Annual report on the working of the lock hospitals in the Central Provinces
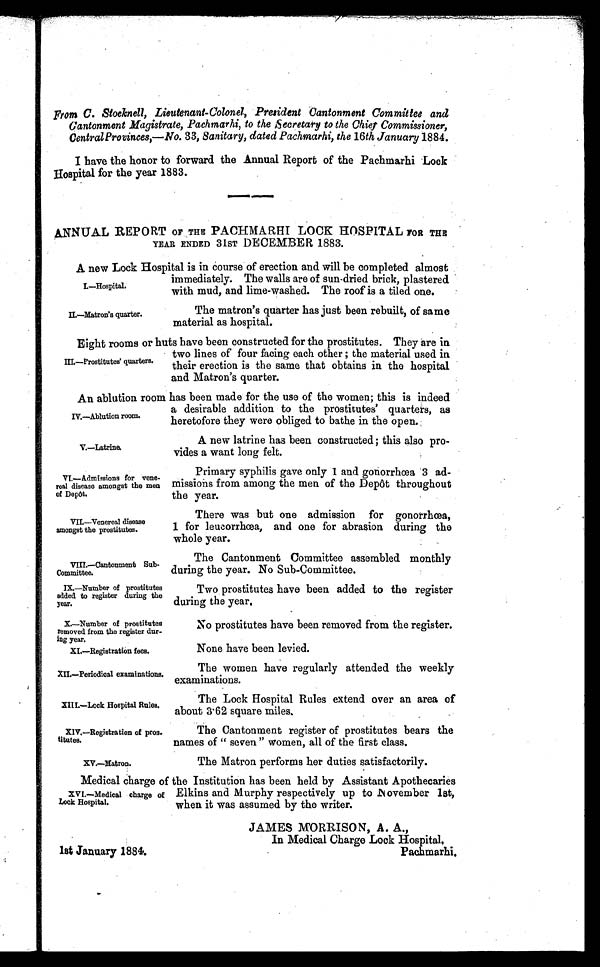
F r o m C . S t o c k n e l l , L i e u t e n a n t - C o l o n e l , P r e s i d e n t C a n t o n m e n t C o m m i t t e e a n d
Cantonment Magistrate, Pachmarhi, to the Secretary to the Chief Commissioner,
Central Provinces,—No. 33, Sanitary, dated Pachmarhi, the 16th January 1884.
I have the honor to forward the Annual Report of the Pachmarhi Lock
Hospital for the year 1883.
ANNUAL REPORT OF THE PACHMARHI LOCK HOSPITAL FOR THE
YEAR ENDED 31ST DECEMBER 1883.
A new Lock Hospital is in course of erection and will be completed almost
immediately. The walls are of sun-dried brick, plastered
with mud, and lime-washed. The roof is a tiled one.
I . — H o s p i t a l .
II.—Matron's quarter.
The matron's quarter has just been rebuilt, of same
material as hospital.
Eight rooms or huts have been constructed for the prostitutes. They are in
two lines of four facing each other ; the material used in
their erection is the same that obtains in the hospital
and Matron's quarter.
An ablution room has been made for the use of the women; this is indeed
a desirable addition to the prostitutes' quarters, as
heretofore they were obliged to bathe in the open.
III.—Prostitutes' quarters.
IV.—Ablution room.
V.—Latrine.
VI.—Admissions for vene-
real disease amongst the men
of Depôt.
VII.—Venereal disease
amongst the prostitutes.
VIII.—Cantonment Sub-
Committee.
IX.—Number of prostitutes
added to register during the
year.
X.—Number of prostitutes
removed from the register dur-
ing year.
XI.—Registration fees.
XII.—Periodical examinations.
XIII.—Lock Hospital Rules.
XIV.—Registration of pros
titutes.
XV.—Matron.
A new latrine has been constructed; this also pro-
vides a want long felt.
Primary syphilis gave only 1 and gonorrhœa 3 ad-
missions from among the men of the Depôt throughout
the year.
There was but one admission for gonorrhœa,
1 for leucorrhœa, and one for abrasion during the
whole year.
The Cantonment Committee assembled monthly
during the year. No Sub-Committee.
Two prostitutes have been added to the register
during the year.
No prostitutes have been removed from the register.
None have been levied.
The women have regularly attended the weekly
examinations.
The Lock Hospital Rules extend over an area of
about 3·62 square miles.
The Cantonment register of prostitutes bears the
names of " seven " women, all of the first class.
The Matron performs her duties satisfactorily.
Medical charge of the Institution has been held by Assistant Apothecaries
Elkins and Murphy respectively up to November 1st,
when it was assumed by the writer.
XVI.—Medical charge of
Lock Hospital.
1st January 1884.
JAMES MORRISON, A. A.,
In Medical Charge Lock Hospital,
Pachmarhi.